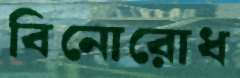
বিনোরোধ